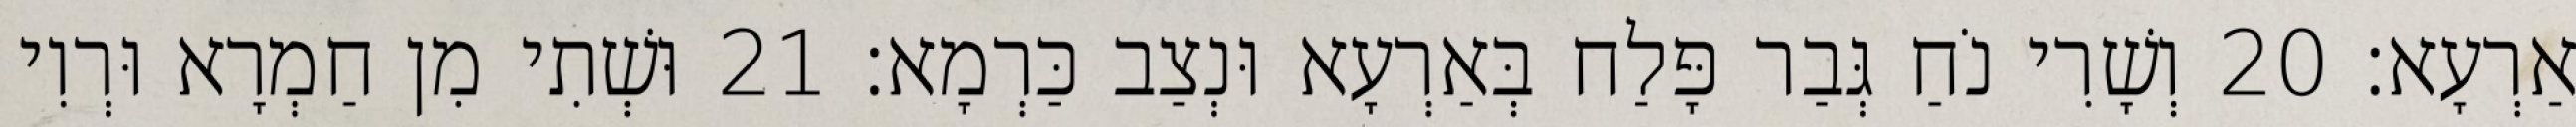
אַרְעָא׃ 20 וְשָׁרִי נֹחַ גְּבַר פָּלַח בְּאַרְעָא וּנְצַב כַּרְמָא׃ 21 וּשְׁתִי מִן חַמְרָא וּרְוִי